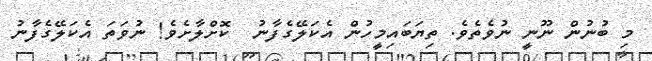
މި ބުނުން ނޫނީ ނުވެތެވެ. ތިޔަބައިމީހުން އެކަލޭގެފާނު  ކޮށްލާށެވެ! ނުވަތަ އެކަލޭގެފާނު